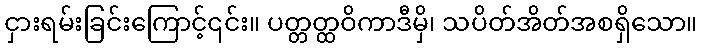
ငှားရမ်းခြင်းကြောင့်၎င်း။ ပတ္တတ္ထဝိကာဒီမှိ၊ သပိတ်အိတ်အစရှိသော။